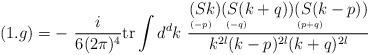
\begin{align*}(1.g) = -\ \frac{i}{6(2\pi)^4} \mbox{tr} \int d^dk\ \frac{\stackrel{\displaystyle (Sk)}{\scriptscriptstyle (-p)\phantom{+}}\stackrel{\displaystyle (S(k+q))}{\scriptscriptstyle (-q)\phantom{+qqqqqqq}}\stackrel{\displaystyle (S(k-p))}{\scriptscriptstyle (p+q)\phantom{+qqqqqqq}}}{k^{2l}(k-p)^{2l} (k+q)^{2l}}\end{align*}